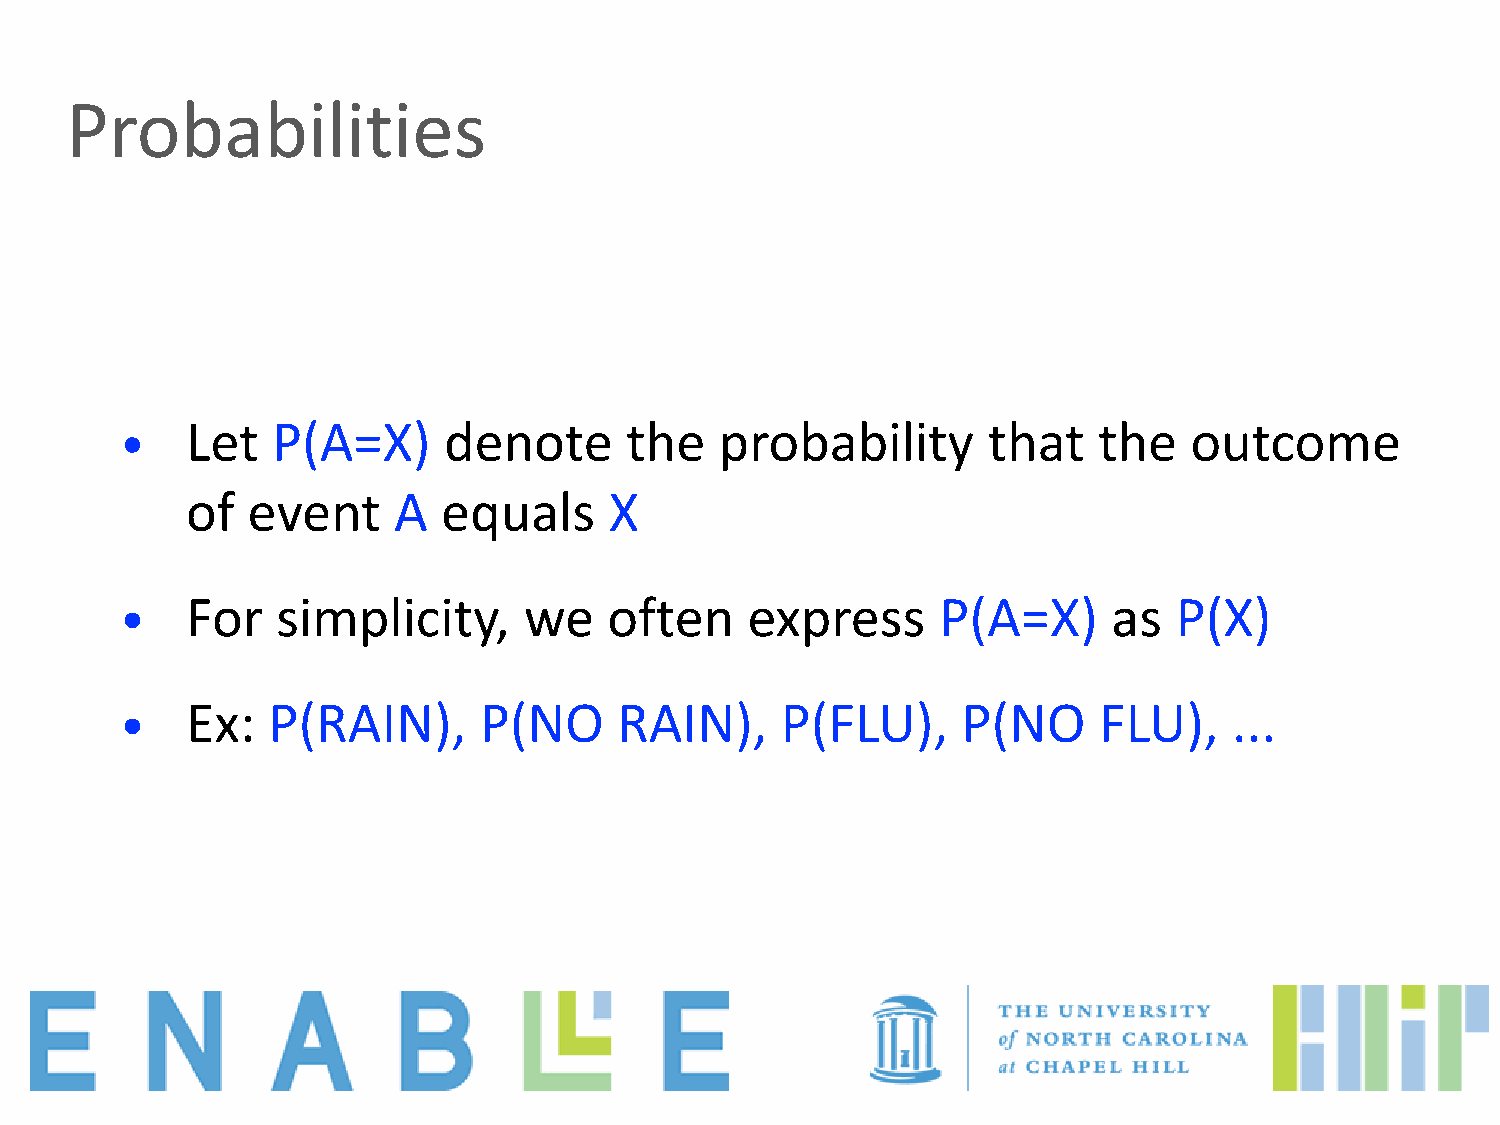
Probabilities
 •   Let   P(A=X)     denote      the    probability      that    the   outcome
 of  event     A  equals     X
 •   For   simplicity,      we   often    express      P(A=X)      as  P(X)
 •   Ex:   P(RAIN),      P(NO     RAIN),     P(FLU),     P(NO     FLU),    ...